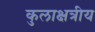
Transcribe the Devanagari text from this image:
कुलाक्षत्रीय